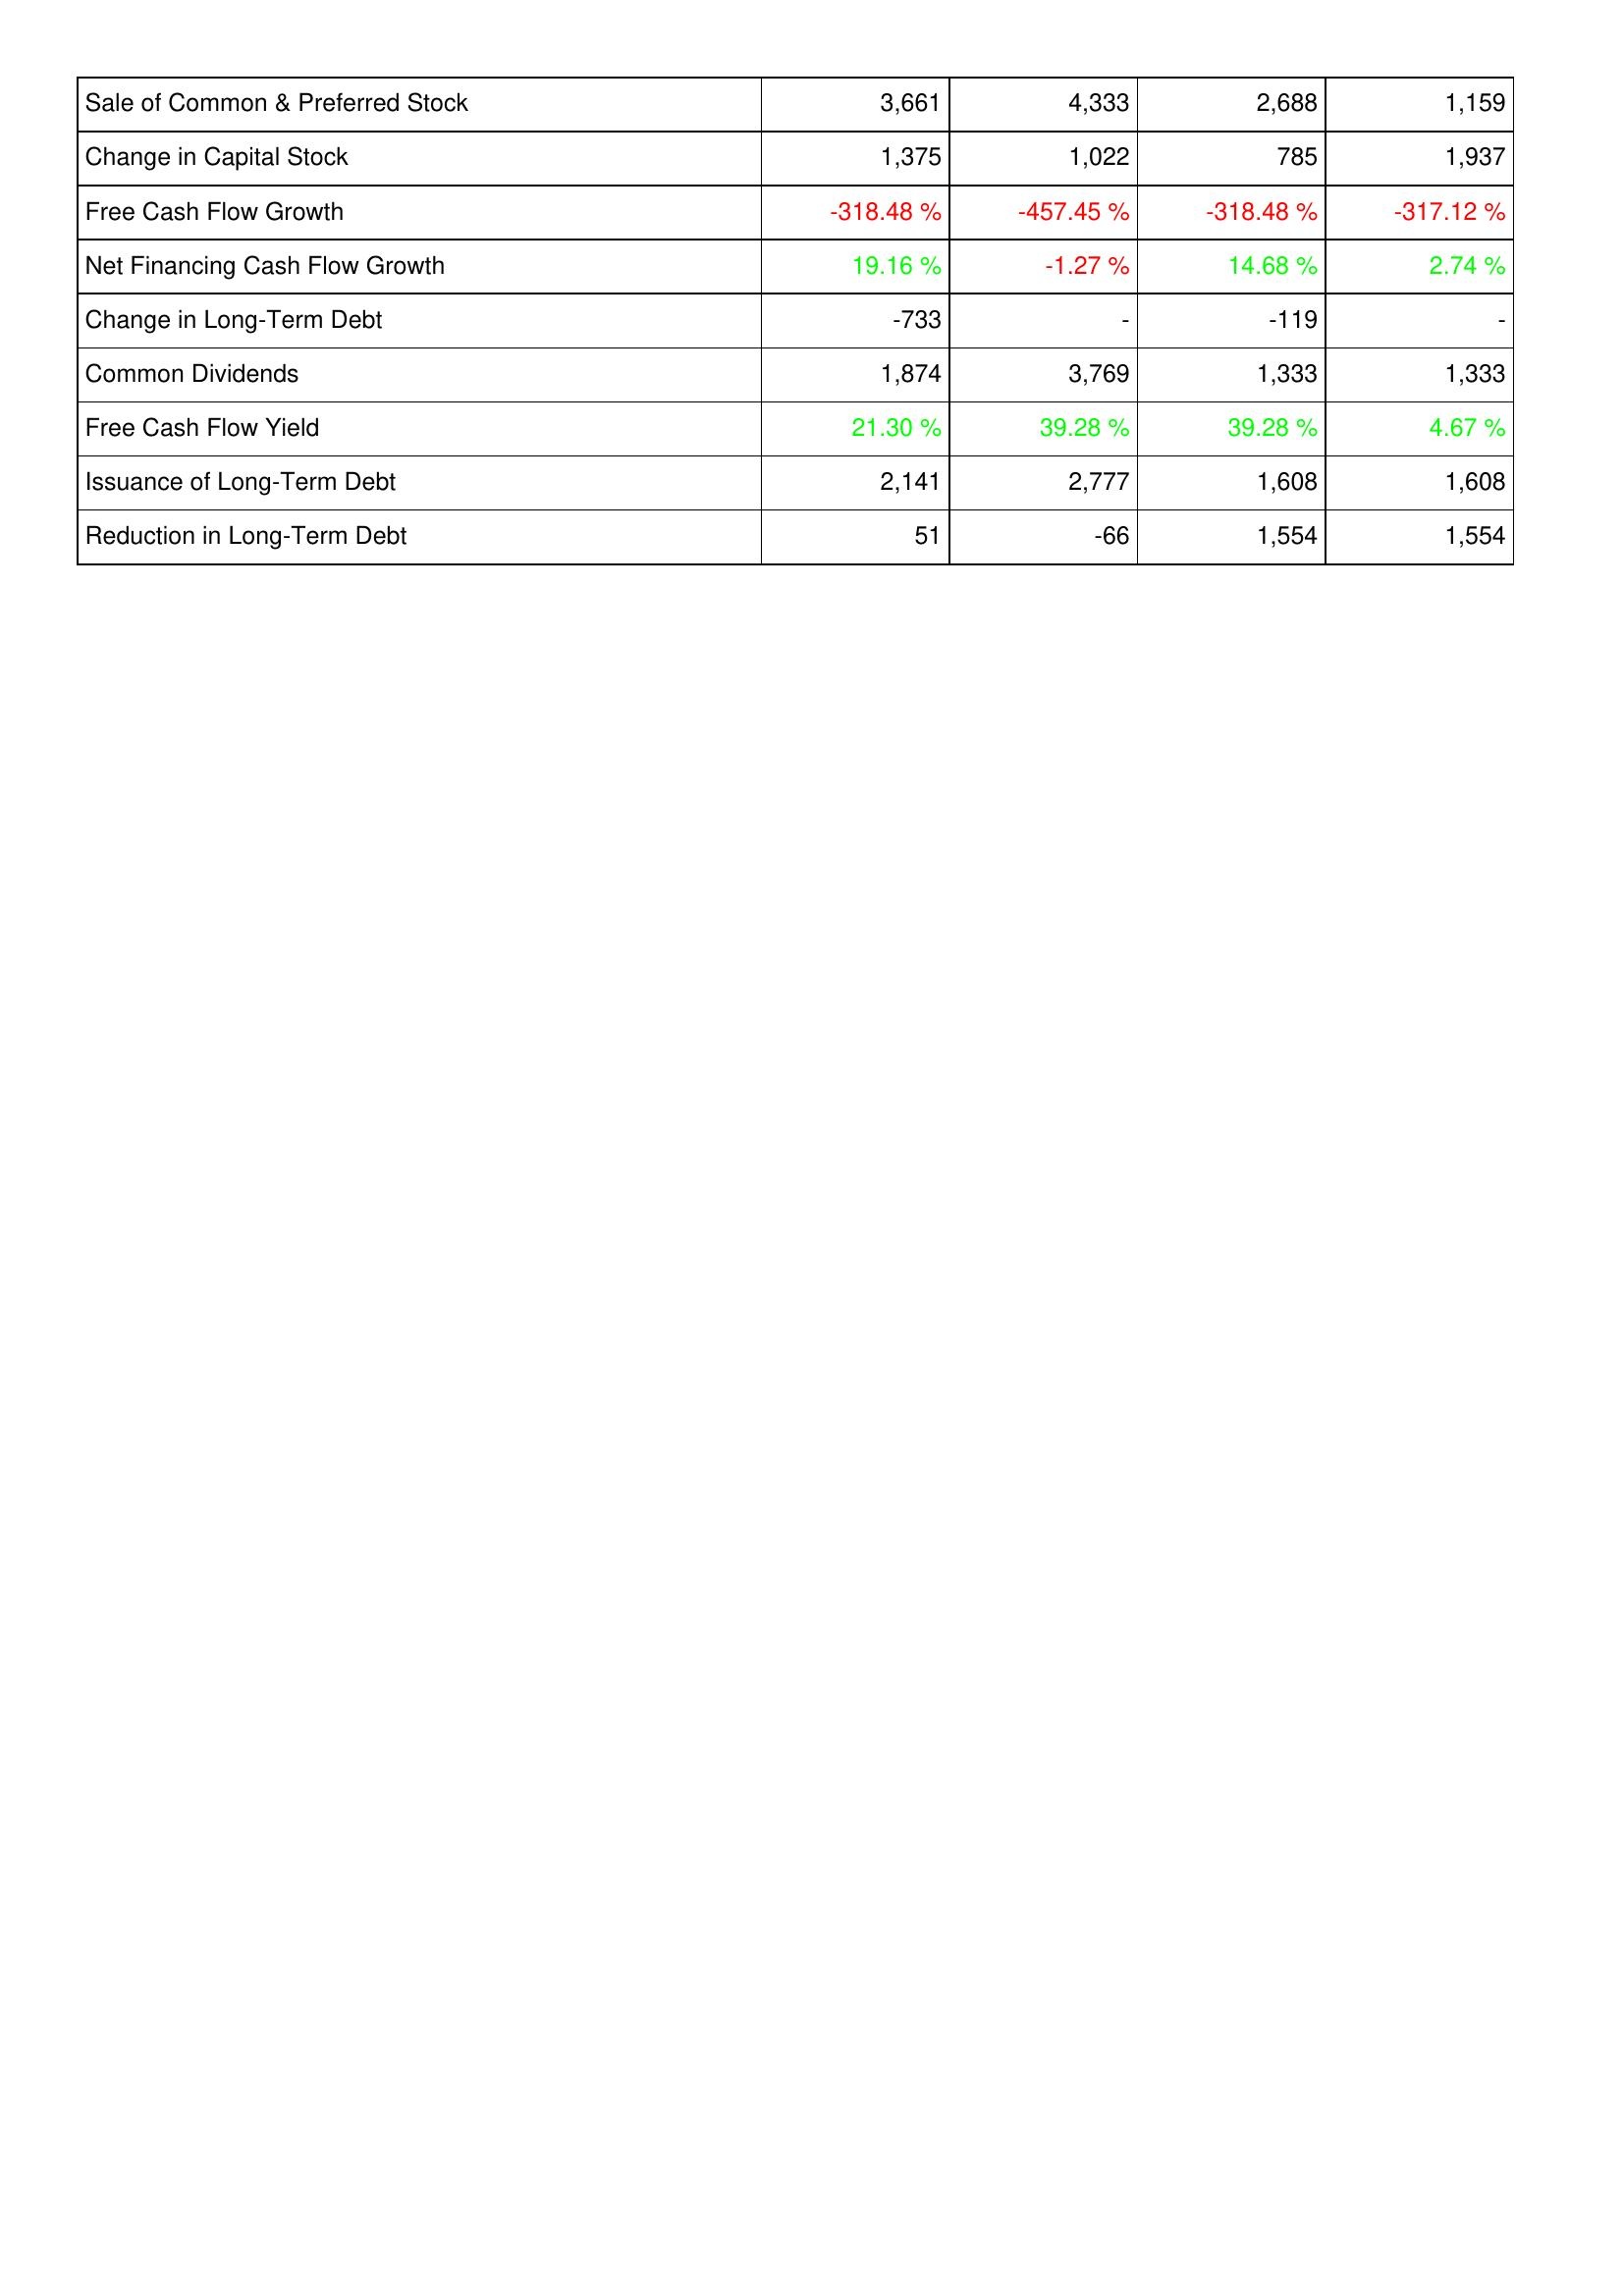
2014: Financing Activities: Sale of Common & Preferred Stock: 3,661
Change in Capital Stock: 1,375
Free Cash Flow Growth: -318.48 %
Net Financing Cash Flow Growth: 19.16 %
Change in Long-Term Debt: -733
Common Dividends: 1,874
Free Cash Flow Yield: 21.30 %
Issuance of Long-Term Debt: 2,141
Reduction in Long-Term Debt: 51
2013: Financing Activities: Sale of Common & Preferred Stock: 4,333
Change in Capital Stock: 1,022
Free Cash Flow Growth: -457.45 %
Net Financing Cash Flow Growth: -1.27 %
Change in Long-Term Debt: -
Common Dividends: 3,769
Free Cash Flow Yield: 39.28 %
Issuance of Long-Term Debt: 2,777
Reduction in Long-Term Debt: -66
2012: Financing Activities: Sale of Common & Preferred Stock: 2,688
Change in Capital Stock: 785
Free Cash Flow Growth: -318.48 %
Net Financing Cash Flow Growth: 14.68 %
Change in Long-Term Debt: -119
Common Dividends: 1,333
Free Cash Flow Yield: 39.28 %
Issuance of Long-Term Debt: 1,608
Reduction in Long-Term Debt: 1,554
2011: Financing Activities: Sale of Common & Preferred Stock: 1,159
Change in Capital Stock: 1,937
Free Cash Flow Growth: -317.12 %
Net Financing Cash Flow Growth: 2.74 %
Change in Long-Term Debt: -
Common Dividends: 1,333
Free Cash Flow Yield: 4.67 %
Issuance of Long-Term Debt: 1,608
Reduction in Long-Term Debt: 1,554